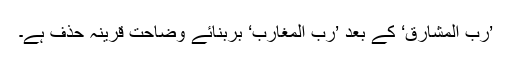
’رَبُّ الْمَشَارِقِ‘ کے بعد ’رَبُّ الْمَغَارِب‘ بربنائے وضاحت قرینہ حذف ہے۔